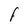
Character: F